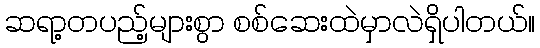
ဆရာ့တပည့်များစွာ စစ်ဆေးထဲမှာလဲရှိပါတယ်။